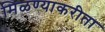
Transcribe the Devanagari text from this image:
मिळण्याकरीता